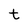
Character: t